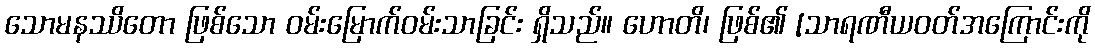
သောမနဿိတော ဖြစ်သော ဝမ်းမြောက်ဝမ်းသာခြင်း ရှိသည်။ ဟောတိ၊ ဖြစ်၏ [သာရဏီယဝတ်အကြောင်းကို